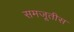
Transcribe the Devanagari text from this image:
समजूतीस